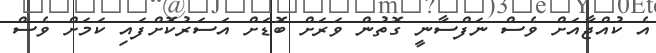
އެ ކުއްޖާއަށް ވެސް ނަފްސާނީ ގޮތުން ވަރަށް ބޮޑަށް އަސަރުކޮށްފައި ކަމަށް ވެސް